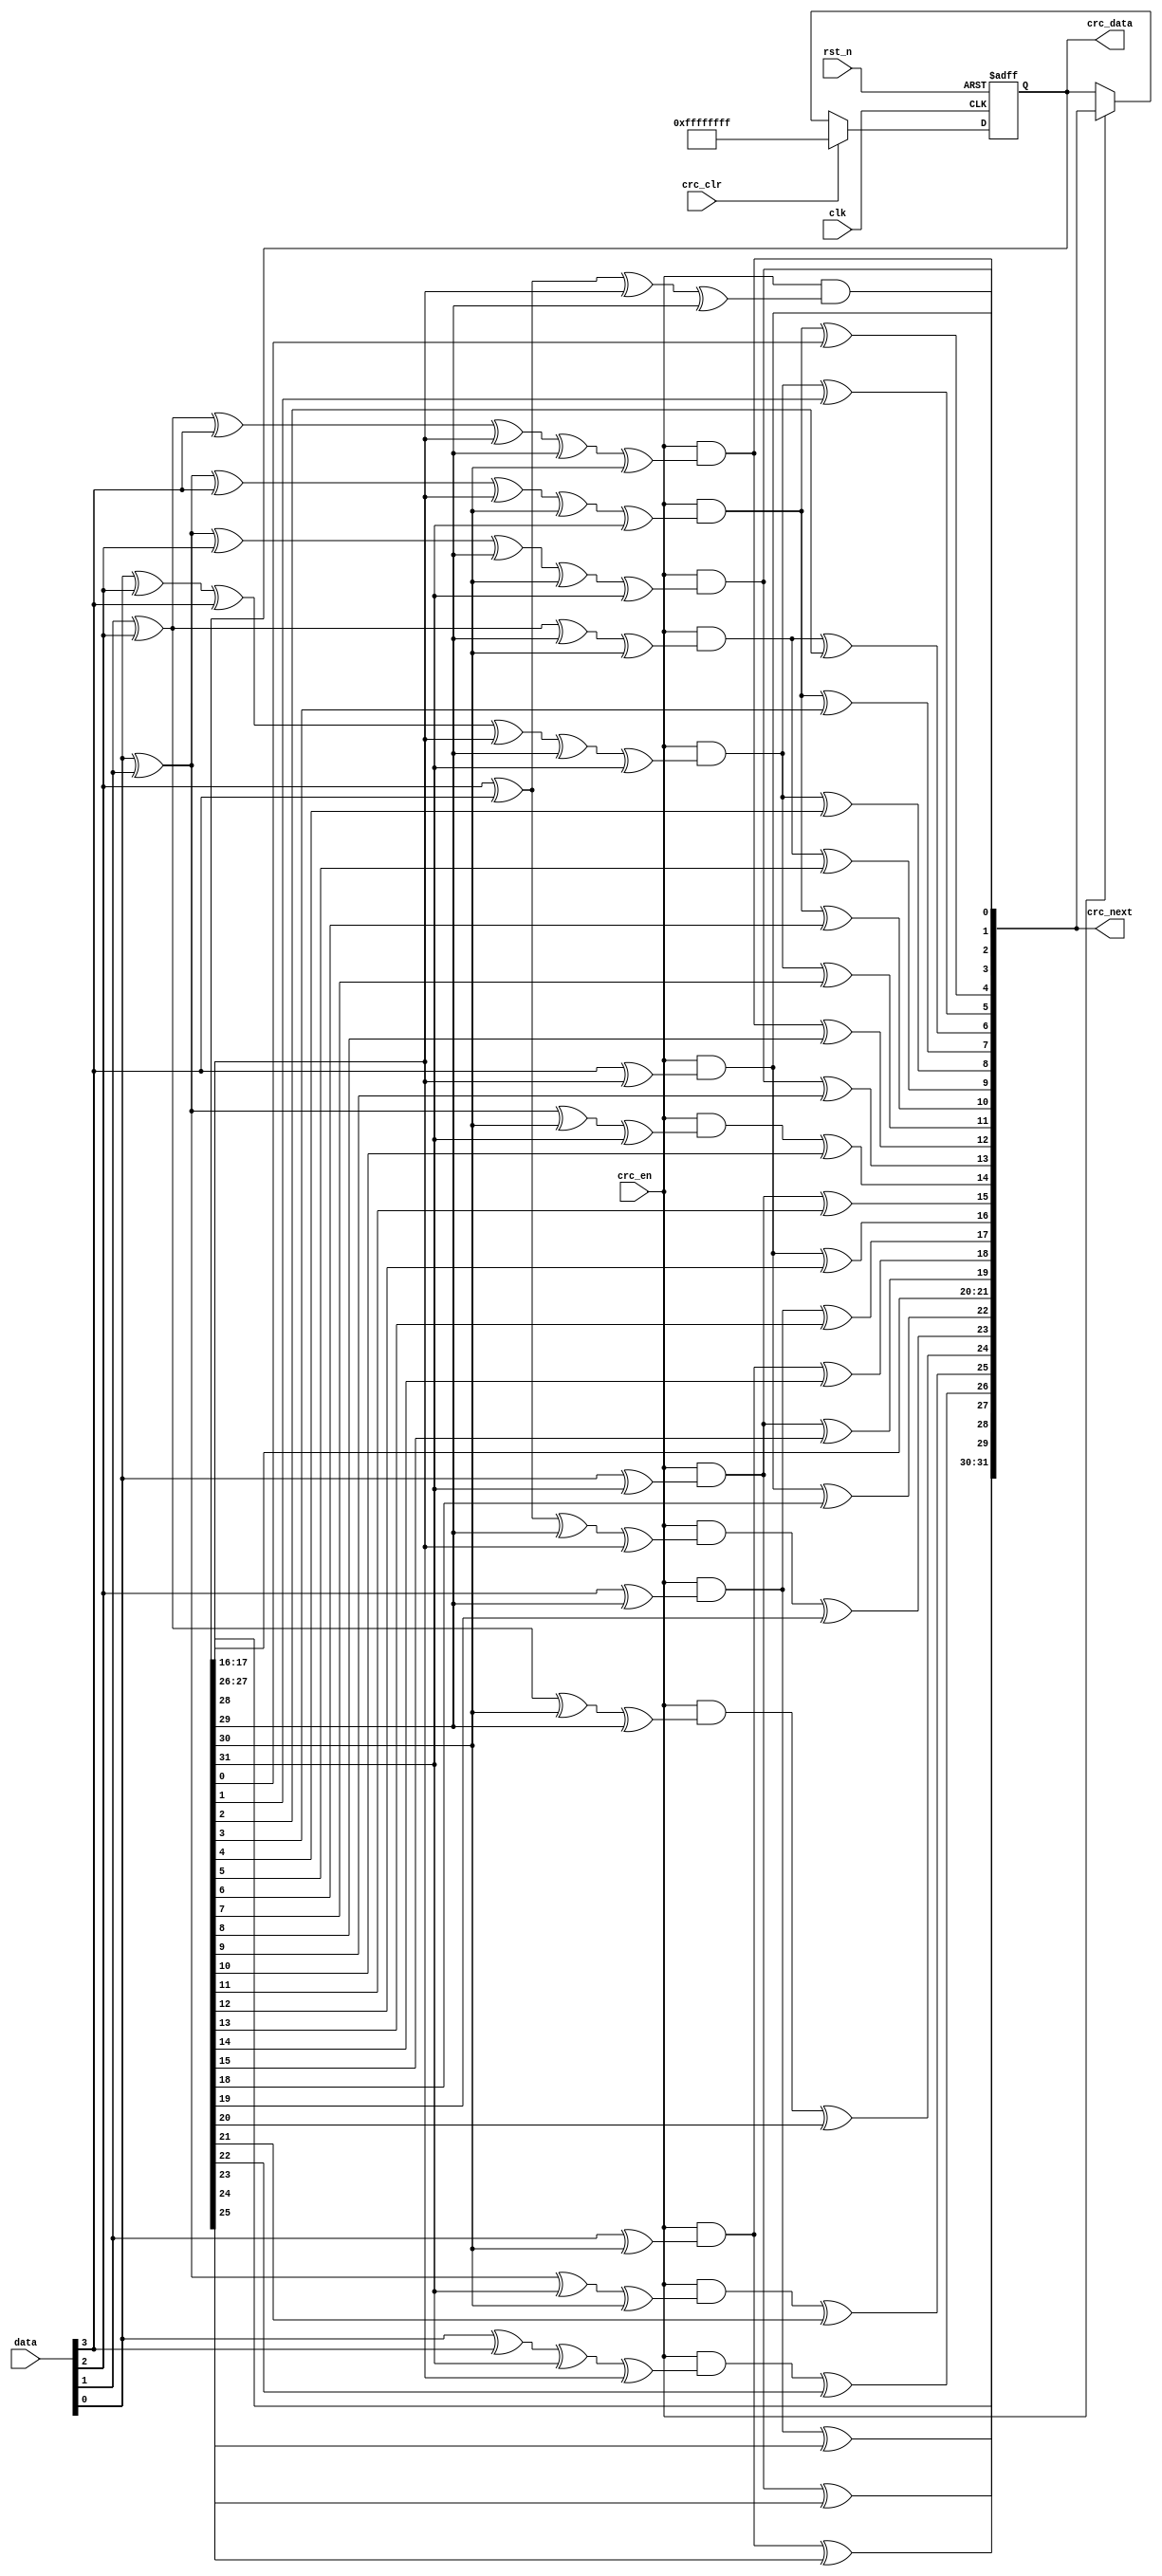
//****************************************Copyright (c)***********************************//
//Cop                               
//----------------------------------------------------------------------------------------
// File name:           crc32_d4
// Last modified Date:  2018/3/12 8:37:49
// Last Version:        V1.0
// Descriptions:        CRC32
//----------------------------------------------------------------------------------------
// Created by:         
// Created date:        2018/3/12 8:37:49
// Version:             V1.0
// Descriptions:        The original version
//
//----------------------------------------------------------------------------------------
//****************************************************************************************//

module crc32_d4(
    input                 clk     ,  //
    input                 rst_n   ,  //
    input         [3:0]   data    ,  //4
    input                 crc_en  ,  //crc
    input                 crc_clr ,  //crc            
    output   reg  [31:0]  crc_data,  //CRC
    output        [31:0]  crc_next   //CRC
    );

//*****************************************************
//**                    main code
//*****************************************************

//4,
wire    [3:0]  data_t;

assign  data_t = {data[0],data[1],data[2],data[3]};

//CRC32G(x)= x^32 + x^26 + x^23 + x^22 + x^16 + x^12 + x^11 
//+ x^10 + x^8 + x^7 + x^5 + x^4 + x^2 + x^1 + 1
assign crc_next[0]  = crc_en & (data_t[0] ^ crc_data[28]); 
assign crc_next[1]  = crc_en & (data_t[1] ^ data_t[0] ^ crc_data[28] 
                      ^ crc_data[29]); 
assign crc_next[2]  = crc_en & (data_t[2] ^ data_t[1] ^ data_t[0] ^ crc_data[28] 
                      ^ crc_data[29] ^ crc_data[30]); 
assign crc_next[3]  = crc_en & (data_t[3] ^ data_t[2] ^ data_t[1] ^ crc_data[29] 
                      ^ crc_data[30] ^ crc_data[31]); 
assign crc_next[4]  = (crc_en & (data_t[3] ^ data_t[2] ^ data_t[0] ^ crc_data[28] 
                      ^ crc_data[30] ^ crc_data[31])) ^ crc_data[0]; 
assign crc_next[5]  = (crc_en & (data_t[3] ^ data_t[1] ^ data_t[0] ^ crc_data[28] 
                      ^ crc_data[29] ^ crc_data[31])) ^ crc_data[1]; 
assign crc_next[6]  = (crc_en & (data_t[2] ^ data_t[1] ^ crc_data[29] 
                      ^ crc_data[30])) ^ crc_data[ 2]; 
assign crc_next[7]  = (crc_en & (data_t[3] ^ data_t[2] ^ data_t[0] ^ crc_data[28] 
                      ^ crc_data[30] ^ crc_data[31])) ^ crc_data[3]; 
assign crc_next[8]  = (crc_en & (data_t[3] ^ data_t[1] ^ data_t[0] ^ crc_data[28] 
                      ^ crc_data[29] ^ crc_data[31])) ^ crc_data[4]; 
assign crc_next[9]  = (crc_en & (data_t[2] ^ data_t[1] ^ crc_data[29] 
                      ^ crc_data[30])) ^ crc_data[5]; 
assign crc_next[10] = (crc_en & (data_t[3] ^ data_t[2] ^ data_t[0] ^ crc_data[28] 
                      ^ crc_data[30] ^ crc_data[31])) ^ crc_data[6]; 
assign crc_next[11] = (crc_en & (data_t[3] ^ data_t[1] ^ data_t[0] ^ crc_data[28] 
                      ^ crc_data[29] ^ crc_data[31])) ^ crc_data[7]; 
assign crc_next[12] = (crc_en & (data_t[2] ^ data_t[1] ^ data_t[0] ^ crc_data[28] 
                      ^ crc_data[29] ^ crc_data[30])) ^ crc_data[8]; 
assign crc_next[13] = (crc_en & (data_t[3] ^ data_t[2] ^ data_t[1] ^ crc_data[29] 
                      ^ crc_data[30] ^ crc_data[31])) ^ crc_data[9]; 
assign crc_next[14] = (crc_en & (data_t[3] ^ data_t[2] ^ crc_data[30] 
                      ^ crc_data[31])) ^ crc_data[10]; 
assign crc_next[15] = (crc_en & (data_t[3] ^ crc_data[31])) ^ crc_data[11]; 
assign crc_next[16] = (crc_en & (data_t[0] ^ crc_data[28])) ^ crc_data[12]; 
assign crc_next[17] = (crc_en & (data_t[1] ^ crc_data[29])) ^ crc_data[13]; 
assign crc_next[18] = (crc_en & (data_t[2] ^ crc_data[30])) ^ crc_data[14]; 
assign crc_next[19] = (crc_en & (data_t[3] ^ crc_data[31])) ^ crc_data[15]; 
assign crc_next[20] = crc_data[16]; 
assign crc_next[21] = crc_data[17]; 
assign crc_next[22] = (crc_en & (data_t[0] ^ crc_data[28])) ^ crc_data[18]; 
assign crc_next[23] = (crc_en & (data_t[1] ^ data_t[0] ^ crc_data[29]
                      ^ crc_data[28])) ^ crc_data[19]; 
assign crc_next[24] = (crc_en & (data_t[2] ^ data_t[1] ^ crc_data[30]
                      ^ crc_data[29])) ^ crc_data[20]; 
assign crc_next[25] = (crc_en & (data_t[3] ^ data_t[2] ^ crc_data[31] 
                      ^ crc_data[30])) ^ crc_data[21]; 
assign crc_next[26] = (crc_en & (data_t[3] ^ data_t[0] ^ crc_data[31] 
                      ^ crc_data[28])) ^ crc_data[22]; 
assign crc_next[27] = (crc_en & (data_t[1] ^ crc_data[29])) ^ crc_data[23]; 
assign crc_next[28] = (crc_en & (data_t[2] ^ crc_data[30])) ^ crc_data[24]; 
assign crc_next[29] = (crc_en & (data_t[3] ^ crc_data[31])) ^ crc_data[25]; 
assign crc_next[30] = crc_data[26]; 
assign crc_next[31] = crc_data[27]; 

always @(posedge clk or negedge rst_n) begin
    if(!rst_n)
        crc_data <= 32'hff_ff_ff_ff;
    else if(crc_clr)                             //CRC
        crc_data <= 32'hff_ff_ff_ff;
    else if(crc_en)
        crc_data <= crc_next;
end

endmodule